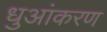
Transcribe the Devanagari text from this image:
धुआंकरण